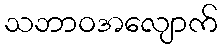
သဘာဝအလျောက်